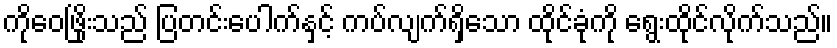
ကိုဝေဖြိုးသည် ပြတင်းပေါက်နှင့် ကပ်လျက်ရှိသော ထိုင်ခုံကို ရွေးထိုင်လိုက်သည်။